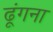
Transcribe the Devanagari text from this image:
ढूंगना